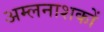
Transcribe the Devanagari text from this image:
अम्लनाशकों